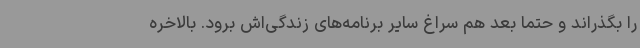
را بگذراند و حتماً بعد هم سراغ سایر برنامه‌های زندگی‌اش برود. بالاخره